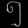
Digit: ၅